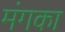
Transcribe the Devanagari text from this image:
मंगका